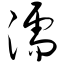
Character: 濡